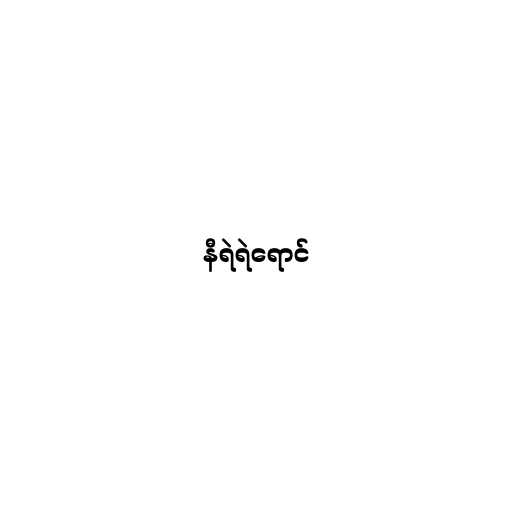
နီရဲရဲရောင်